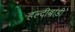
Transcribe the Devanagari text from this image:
हल्दीबाड़ी